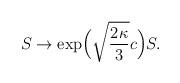
LaTeX: \begin{align*}S\to\exp\!\Big(\sqrt{\frac{2\kappa}{3}}c\Big)S.\end{align*}